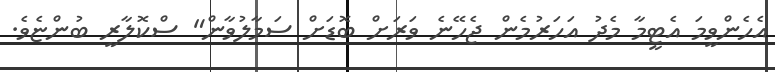
އެހެންވީމަ އެޓީމާ މެދު އަހަރުމެން ޖެހޭނެ ވަރަށް ބޮޑަށް ސަމާލުވާން" ސްކޮލާރީ ބުންޏެވެ.